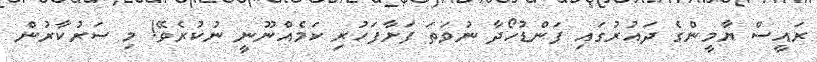
ރައީސް ޔާމީންގެ ދައުރުގައި ފަންޑުހޯދާ ނުވަތަ ފަށާފަހުރި ކަމެއްނޫނީ ނުކުރެވޭ! މި ސަރުކާރުން